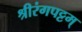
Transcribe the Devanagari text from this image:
श्रीरंगपट्टम्